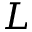
\cal L